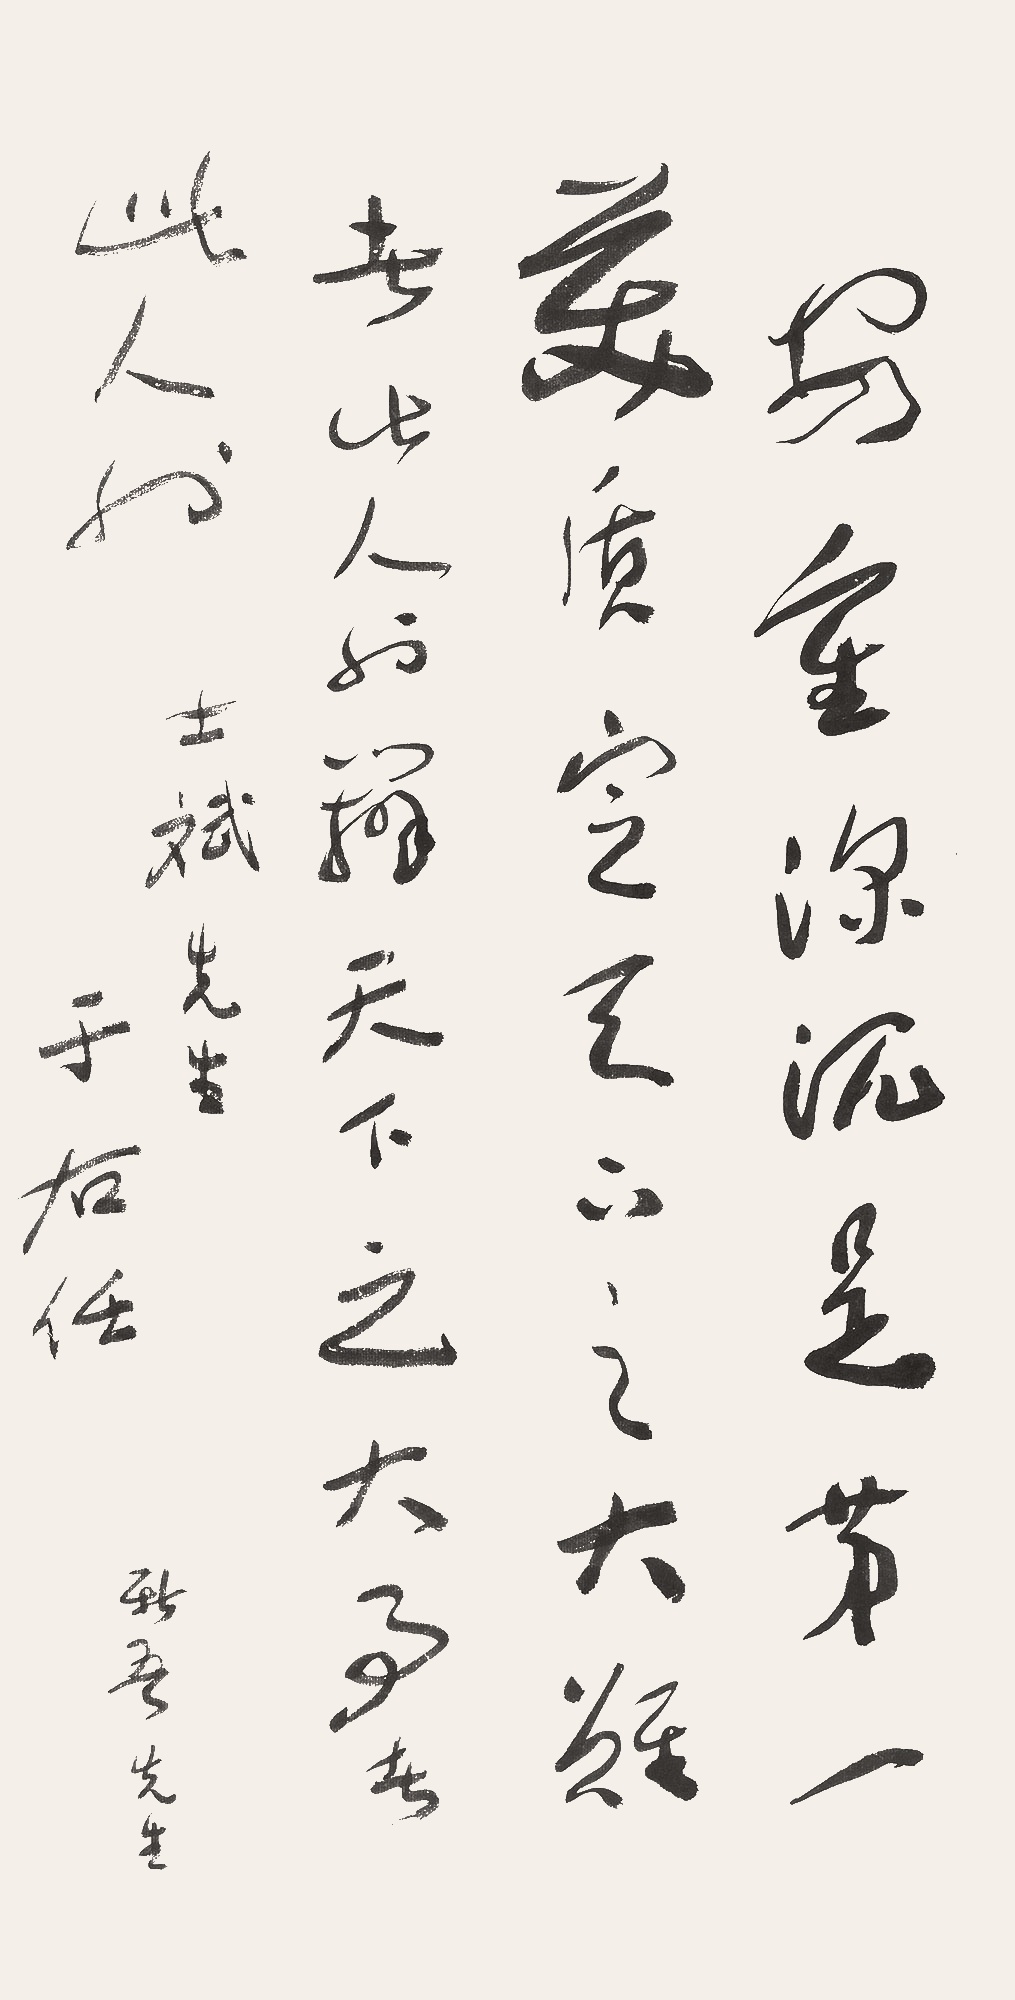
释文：安重深沉是第一美质，定天下之大难者，此人也；辩天下之大事者，此人也。士斌先生、新吾先生。于右任。